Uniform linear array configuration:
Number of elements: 12
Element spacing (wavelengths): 1
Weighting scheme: hamming
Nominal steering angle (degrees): -45
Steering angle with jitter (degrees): -46.353
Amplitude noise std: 0.05
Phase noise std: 0.05

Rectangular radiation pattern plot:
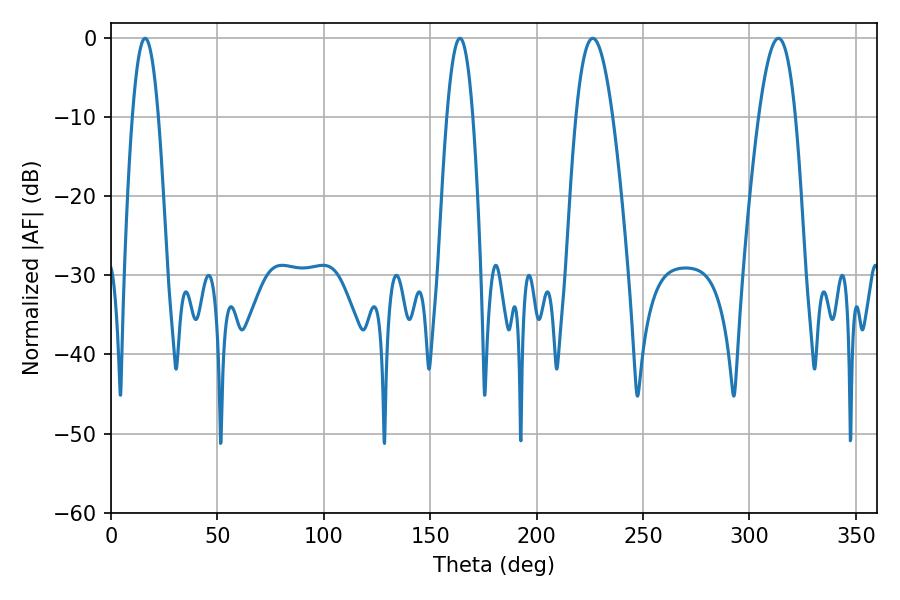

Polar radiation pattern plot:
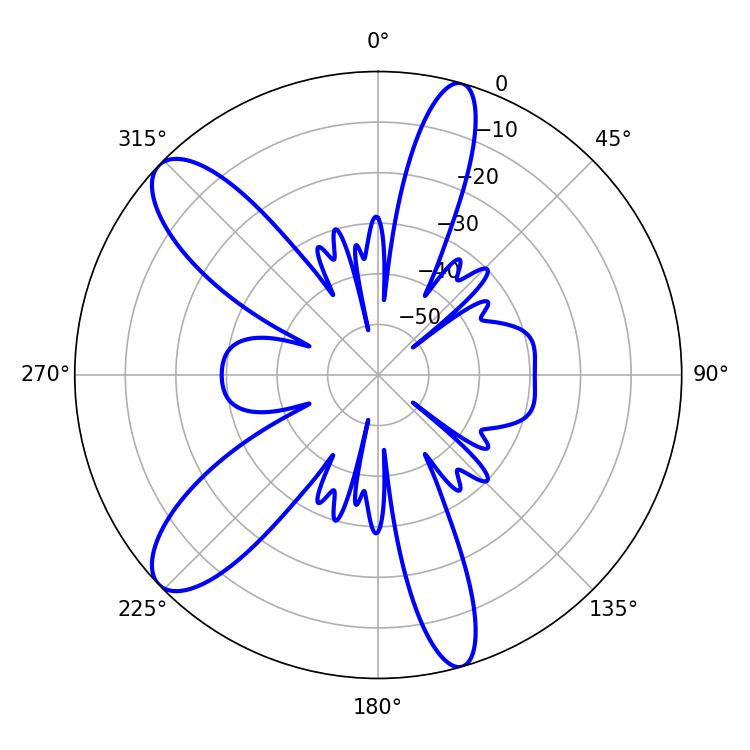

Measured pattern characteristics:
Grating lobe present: TRUE
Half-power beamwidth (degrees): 6.66
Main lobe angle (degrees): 16.02